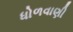
ધોળવાણી